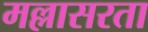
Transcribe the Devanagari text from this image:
मल्लासरता